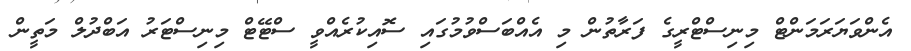
އެންވަޔަރަމަންޓް މިނިސްޓްރީގެ ފަރާތުން މި އެއްބަސްވުމުގައި ސޮއިކުރެއްވީ ސްޓޭޓް މިނިސްޓަރު އަބްދުލް މަތީން